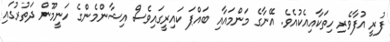
ފުރީ އުފާވެރި ހިތަކާއިއެކުއެވެ. އޭނާގެ މަންމައާއި ބައްޕަ ކައިރީގައިވެސް އިޝާންމެންގެ ހަނީމޫން ދަތުރުގައި